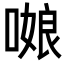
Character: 𭉻